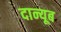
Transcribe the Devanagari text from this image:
दान्यूब